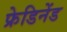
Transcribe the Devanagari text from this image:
फ्रेडिनेंड